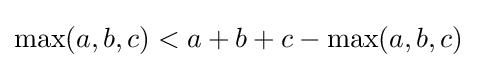
\max(a,b,c)<a+b+c-\max(a,b,c)